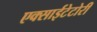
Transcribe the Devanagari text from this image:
एक्साईटेटोरी